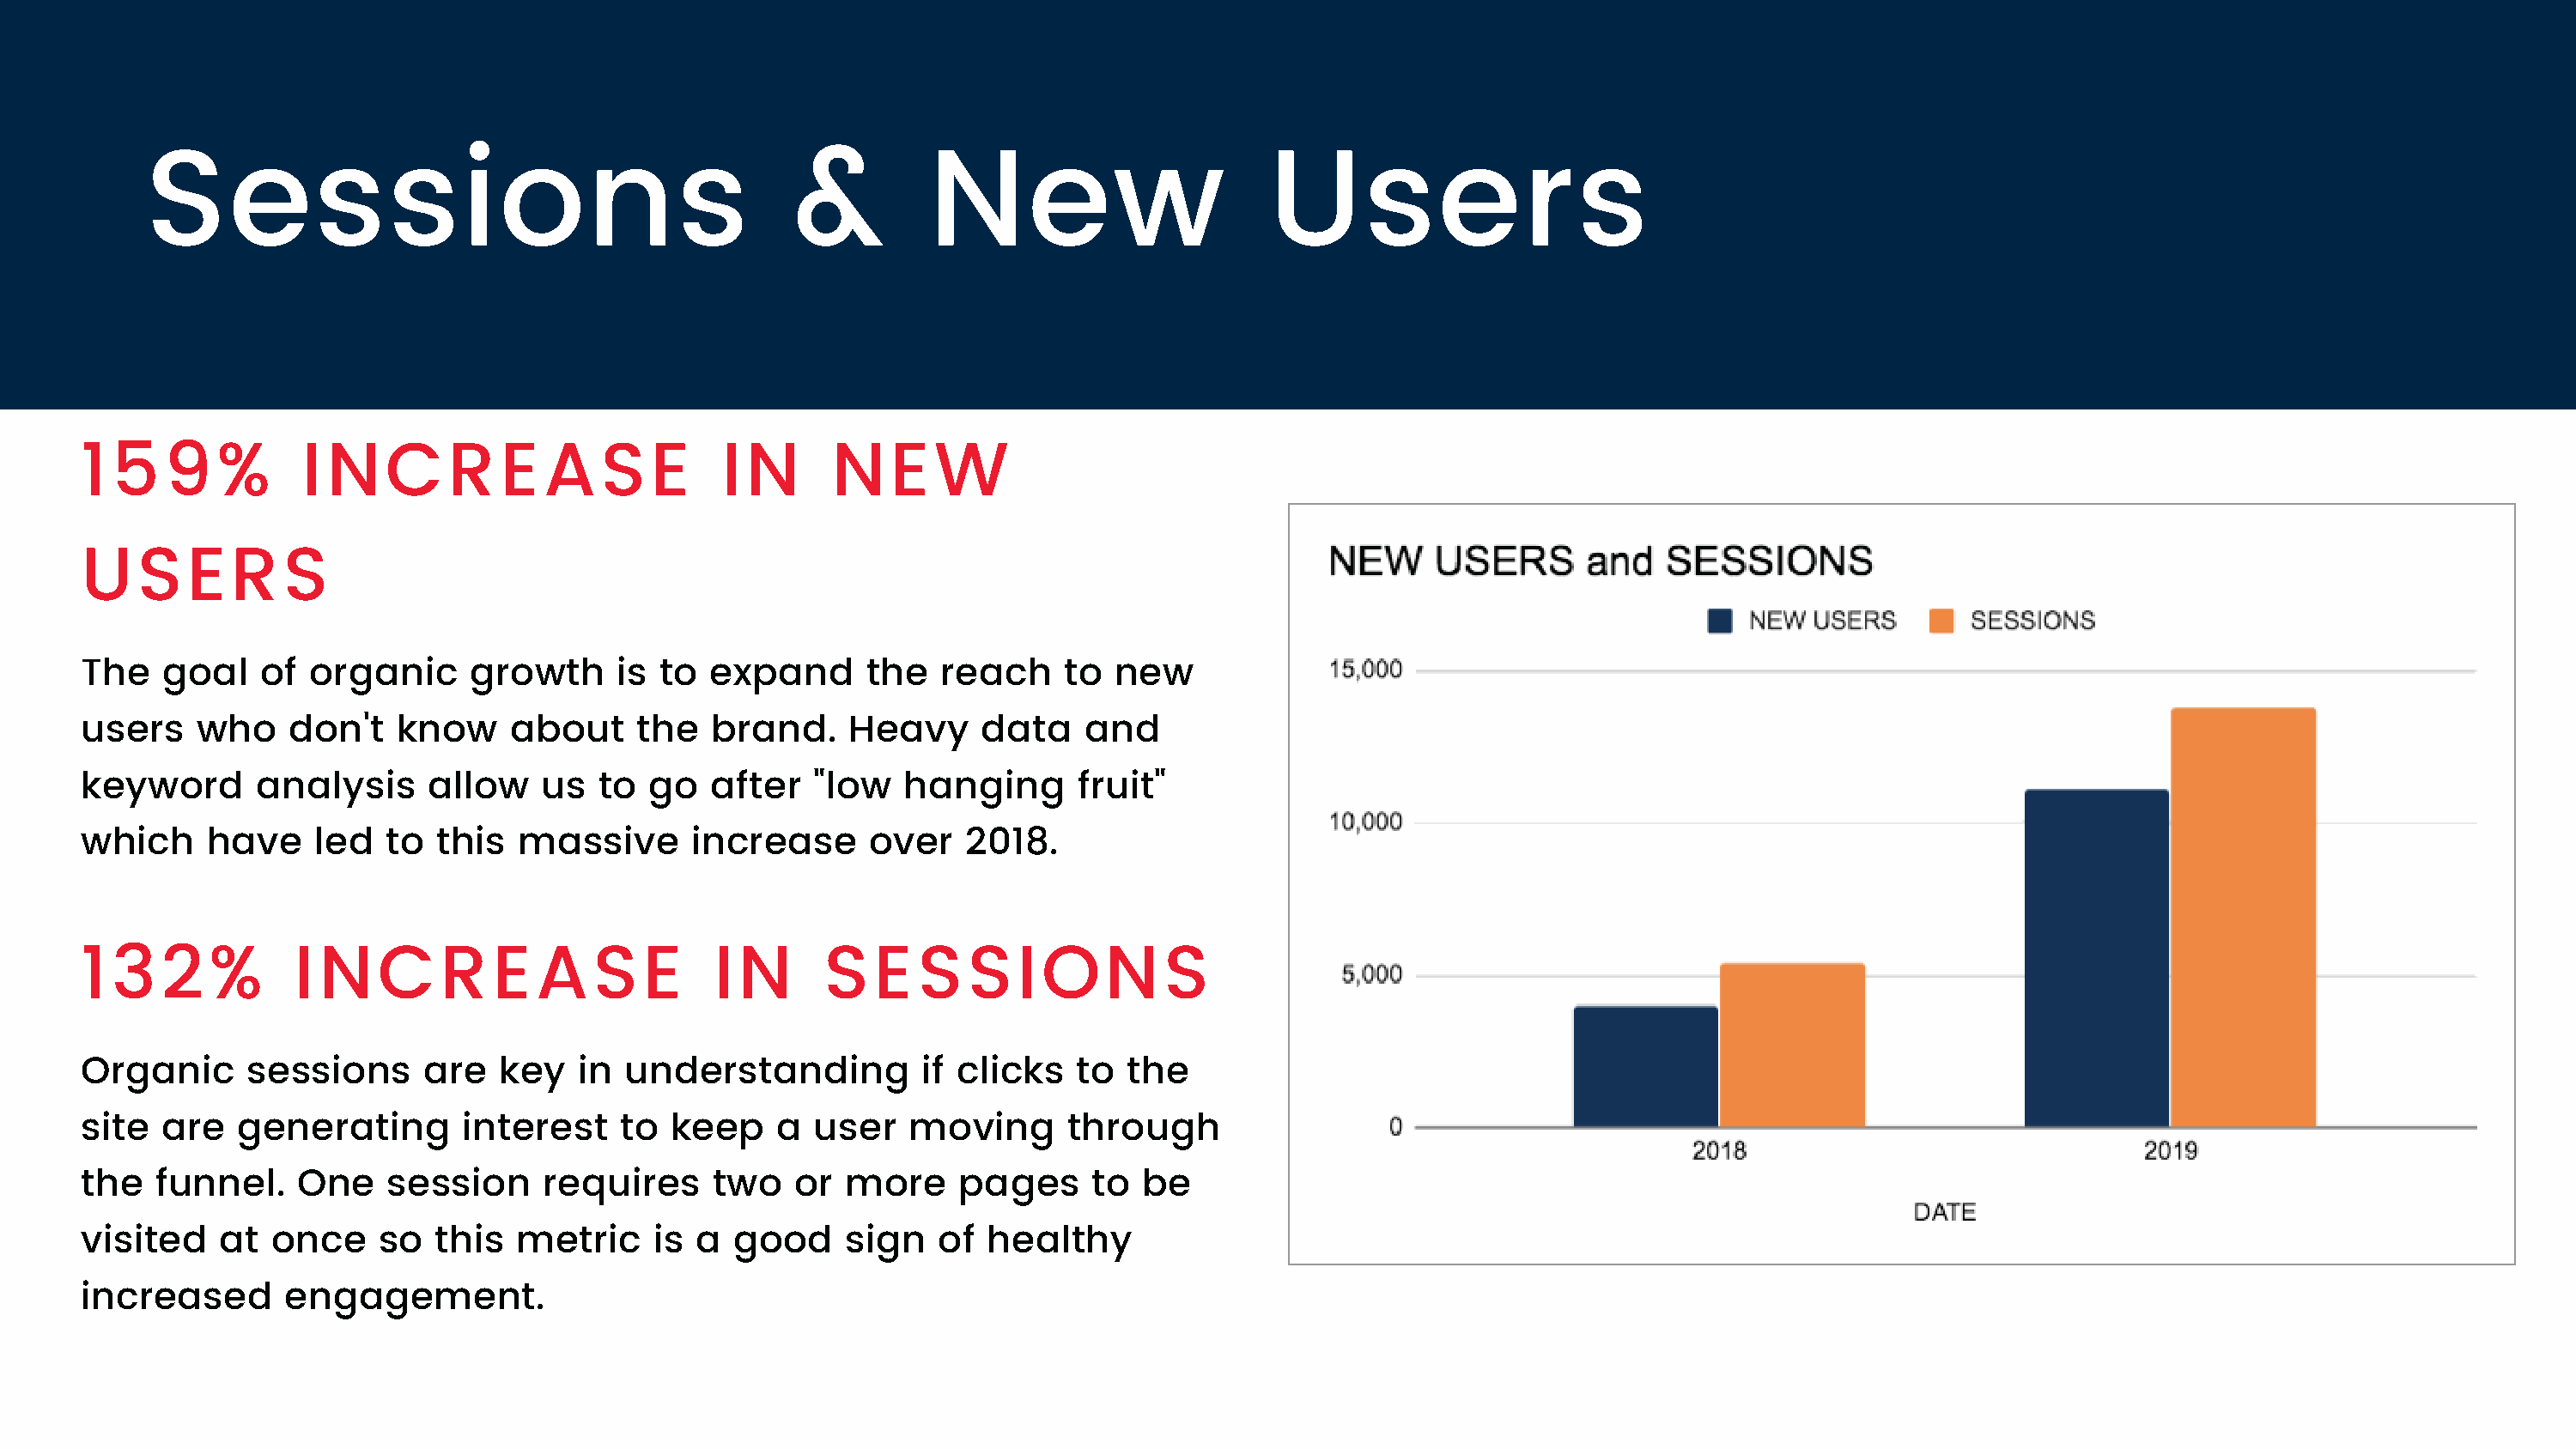
Sessions                                          &          New                       Users
 159%             INCREASE                         IN      NEW
 USERS
 The    goal   of  organic     growth      is to  expand      the   reach    to  new
 users    who    don't    know    about     the   brand.    Heavy      data    and
 keyword       analysis     allow    us  to  go   after   "low   hanging      fruit"
 which     have    led   to  this  massive      increase      over   2018.
 132%             INCREASE                        IN       SESSIONS
 Organic      sessions      are  key    in understanding          if clicks   to  the
 site  are   generating        interest    to  keep    a  user   moving      through
 the   funnel.    One    session     requires     two   or  more     pages     to  be
 visited    at  once    so   this  metric    is  a  good    sign   of  healthy
 increased       engagement.